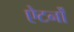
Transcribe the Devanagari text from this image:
ऐटर्नों